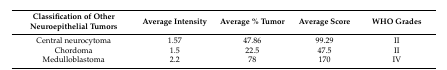
| Classification of Other Neuroepithelial Tumors | Average Intensity | Average % Tumor | Average Score | WHO Grades |
 | --- | --- | --- | --- | --- |
 | Central neurocytoma | 1.57 | 47.86 | 99.29 | II |
 | Chordoma | 1.5 | 22.5 | 47.5 | II |
 | Medulloblastoma | 2.2 | 78 | 170 | IV |